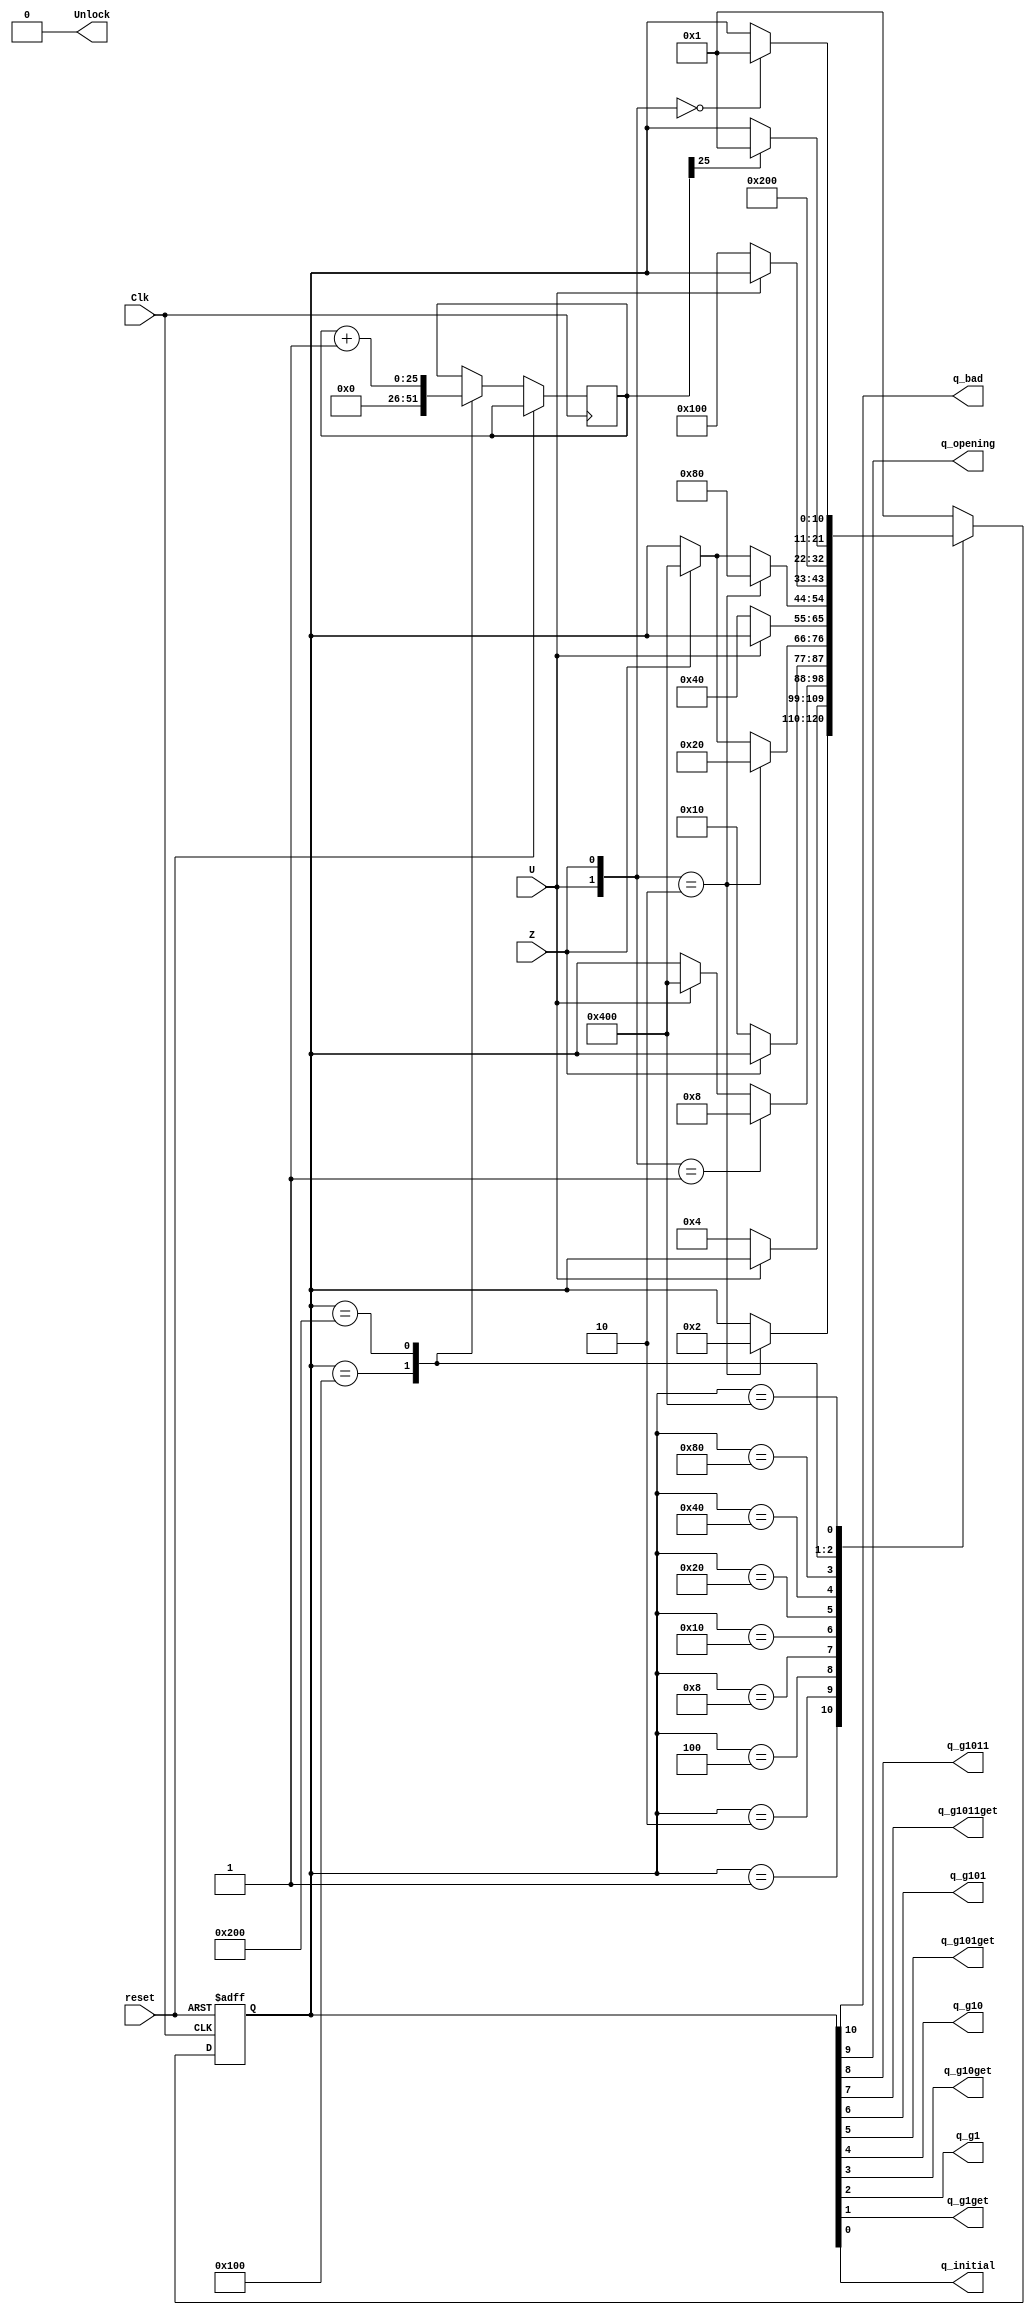
`timescale 1ns / 1ps
//////////////////////////////////////////////////////////////////////////////////
// Company: 
// Engineer: 
// 
// Design Name: 
// Module Name:    ee201_lumlock_sm 
// Project Name: 
// Target Devices: 
// Tool versions: 
// Description: 
//
// Dependencies: 
//
// Revision: 
// Revision 0.01 - File Created
// Additional Comments: 
//
//////////////////////////////////////////////////////////////////////////////////
module ee201_lumlock_sm(Clk, reset, U, Z, Unlock, q_bad, q_opening, q_g1011, q_g1011get, q_g101, q_g101get, q_g10, q_g10get, q_g1, q_g1get, q_initial);
	input Clk,reset,U,Z;
	output Unlock;
	output q_bad, q_opening, q_g1011, q_g1011get, q_g101, q_g101get, q_g10, q_g10get, q_g1, q_g1get, q_initial;
	reg [10:0] state;
	
	assign { q_bad, q_opening, q_g1011, q_g1011get, q_g101, q_g101get, q_g10, q_g10get, q_g1, q_g1get, q_initial } = state;
	localparam
		qinitial		=	11'b00000000001,
		qg1get		=	11'b00000000010,
		qg1			=	11'b00000000100,
		qg10get		=	11'b00000001000,
		qg10			=	11'b00000010000,
		qg101get		=	11'b00000100000,
		qg101			=	11'b00001000000,
		qg1011get	=	11'b00010000000,
		qg1011		=	11'b00100000000,
		qopening		=	11'b01000000000,
		qbad			=	11'b10000000000;
	
	reg [25:0] Timerout_count;

	always @ (posedge Clk, posedge reset)
	begin
		if (reset)
			state <= qinitial;
		else
		begin
			case (state)
				qinitial:
					if ({U,Z} == 2'b10)
						state <= qg1get;
				qg1get:
					if (U == 0)
						state <= qg1;
				qg1:
					if ({U,Z} == 2'b01)
						state <= qg10get;
					else if (U == 1'b1)
						state <= qbad;
				qg10get:
					if (Z == 1'b0)
						state <= qg10;
				qg10:
					if ({U,Z} == 2'b10)
						state <= qg101get;
					else if (Z == 1'b1)
						state <= qbad;
				qg101get:
					if (U == 1'b0)
						state <= qg101;
				qg101:
					if ({U,Z} == 2'b10)
						state <= qg1011get;
					else if (Z == 1'b1)
						state <= qbad;
				qg1011get:
					if (U == 1'b0)
						state <= qg1011;
				qg1011:
					begin
					state <= qopening;
					Timerout_count <= 0;
					end
				qopening:
					begin
					Timerout_count <= Timerout_count + 1'b1;
					if (Timerout_count[25] == 1'b1)
						state <= qinitial;
					end
				qbad:
					if ({U,Z} == 2'b00)
						state <= qinitial;
				default:
					state <= qinitial;
			endcase
		end
	end
	
	assign Unlock = qopening;
endmodule